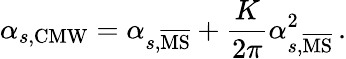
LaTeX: \alpha_{s,\mathrm{CMW}}=\alpha_{s,\mathrm{\overline{{{MS}}}}}+\frac{K}{2\pi}\alpha_{s,\mathrm{\overline{{{MS}}}}}^{2}\, .